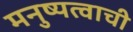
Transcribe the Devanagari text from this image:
मनुष्यत्वाची